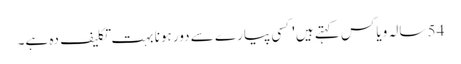
54 سالہ ویاکس کہتے ہیں 'کسی پیارے سے دور ہونا بہت تکلیف دہ ہے۔